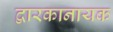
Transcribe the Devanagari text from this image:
द्वारकानायक